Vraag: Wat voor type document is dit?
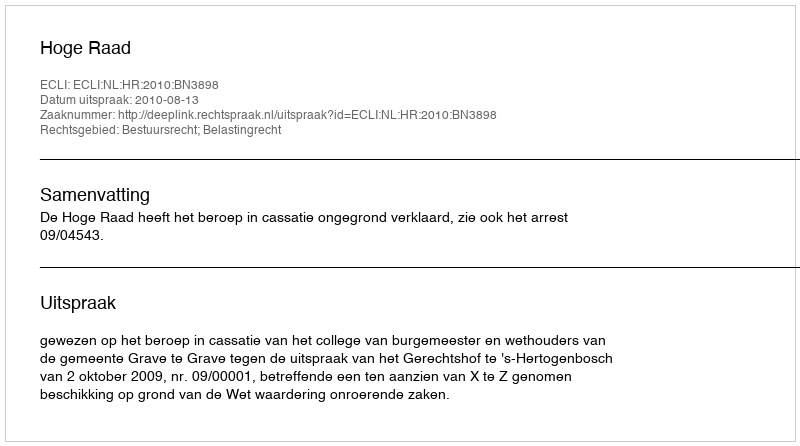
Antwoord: Uitspraak